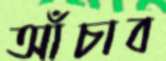
আঁচাব